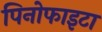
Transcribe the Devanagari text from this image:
पिनोफाइटा